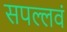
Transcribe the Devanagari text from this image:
सपल्लवं